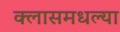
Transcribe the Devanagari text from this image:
क्लासमधल्या